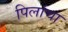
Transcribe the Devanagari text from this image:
पिलांचा